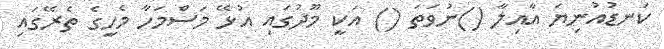
ކަނޑުއުނިޔަ އާއިލާ ()ނުވަތަ () އަކީ މޫދުގައި އުޅޭ މަސްމަހާ މެހީގެ ތެރޭގައި